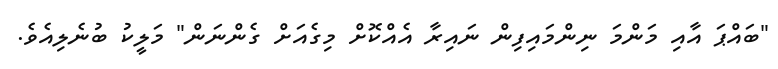
"ބައްޕަ އާއި މަންމަ ނިންމައިފިން ނައިރާ އެއްކޮށް މިގެއަށް ގެންނަން" މަލީކު ބުނެލިއެވެ.